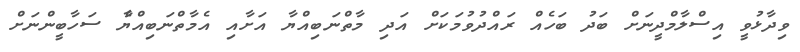
ވިދާޅުވީ އިސްލާމްދީނަށް ބަދު ބަހެއް ރައްދުވުމަކަށް އަދި މާތްނަބިއްޔާ އަށާއި އެމާތްނަބިއްޔާެ ސަހާބީންނަށް